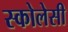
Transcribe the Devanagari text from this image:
स्कोलेसी